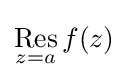
\mathop {\operatorname {Res} } _{z=a}f(z)